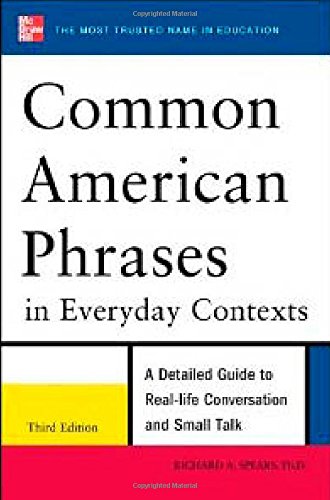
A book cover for Common American Phrases in Everyday Contexts, 3rd Edition; Richard Spears; Reference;